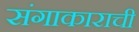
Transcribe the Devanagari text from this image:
संगाकाराची